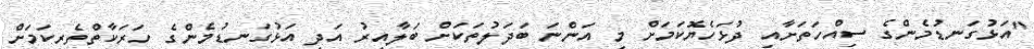
"އަޅުގަނޑުމެންގެ ސިއްހަތަށާއި ދުޅަހެޔޮކަމަށް މި އަންނަ ބަދަލުތަކަށް ބަލާއިރު އަދި އަޅުގަނޑުމެންގެ ހަރަކާތްތެރިކަމަށް